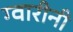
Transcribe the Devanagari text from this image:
ग्वारीनी